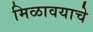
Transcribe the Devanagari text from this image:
मिळावयाचे